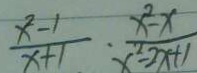
\frac { x ^ { 2 } - 1 } { x + 1 } \cdot \frac { x ^ { 2 } - x } { x ^ { 2 } - 2 x + 1 }